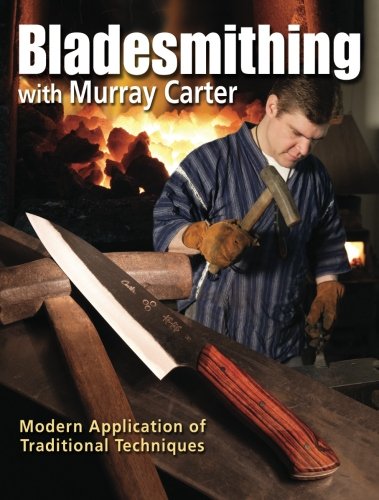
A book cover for Bladesmithing with Murray Carter: Modern Application of Traditional Techniques; Murray Carter; Crafts, Hobbies & Home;